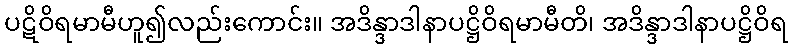
ပဋိဝိရမာမီဟူ၍လည်းကောင်း။ အဒိန္ဒာဒါနာပဋ္ဌိဝိရမာမီတိ၊ အဒိန္ဒာဒါနာပဋ္ဌိဝိရ